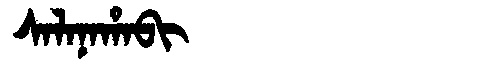
Manchu: ᠰᠠᠯᠠᠨᠠᡥᠠᠪᡳ
Romanization: SALANAHABI